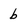
Character: b